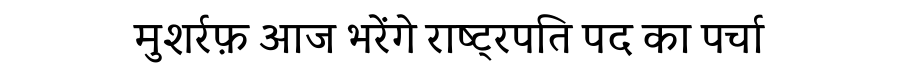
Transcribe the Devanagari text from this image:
मुशर्रफ़ आज भरेंगे राष्ट्रपति पद का पर्चा